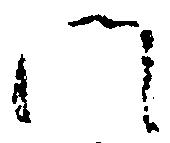
門